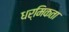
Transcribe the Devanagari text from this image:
धर्मिकता